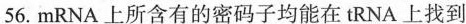
56.mRNA上所含有的密码子均能在tRNA上找到